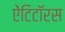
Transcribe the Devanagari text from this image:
ऐंटिटॉरस